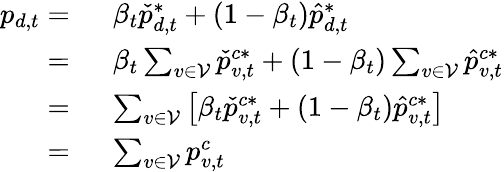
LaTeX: \begin{array}{rl}{p_{d,t}=~}&{\beta_{t}\check{p}_{d,t}^{*}+(1-\beta_{t})\hat{p}_{d,t}^{*}}\\ {=~}&{\beta_{t}\sum_{v\in\mathcal{V}}\check{p}_{v,t}^{c*}+(1-\beta_{t})\sum_{v\in\mathcal{V}}\hat{p}_{v,t}^{c*}}\\ {=~}&{\sum_{v\in\mathcal{V}}\left[\beta_{t}\check{p}_{v,t}^{c*}+(1-\beta_{t})\hat{p}_{v,t}^{c*}\right]}\\ {=~}&{\sum_{v\in\mathcal{V}}p_{v,t}^{c}}\end{array}